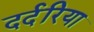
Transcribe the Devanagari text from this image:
दर्दरिया